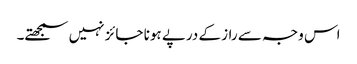
اس وجہ سے راز کے درپے ہونا جائز نہیں سمجھتے۔